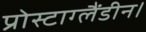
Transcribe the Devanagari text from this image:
प्रोस्टाग्लैंडीन।